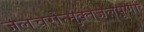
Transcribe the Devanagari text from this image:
जलचरोन्मुक्तजलपूर्णाः